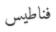
فناطيس